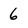
Character: 6